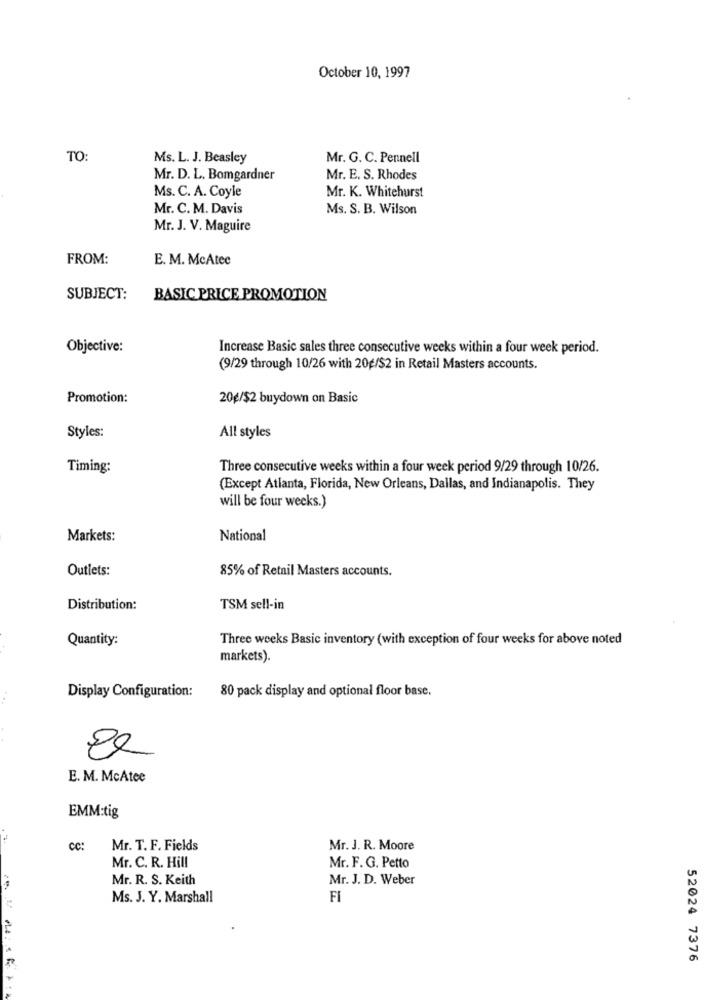
October 10, 1997
TO:
Ms. L. J. Beasley
Mr. G. C. Pennell
Mr. D. L. Bomgardner
Mr. E. S. Rhodes
Ms. C. A. Coyle
Mr. K. Whitehurst
Mr. C. M. Davis
Ms. S. B. Wilson
Mr. J. V. Maguire
FROM:
E. M. McAtee
SUBJECT:
BASIC PRICE PROMOTION
Objective:
Increase Basic sales three consecutive weeks within a four week period.
(9/29 through 10/26 with 20g/$2 in Retail Masters accounts.
Promotion:
20g/$2 buydown on Basic
Styles:
All styles
Timing:
Three consecutive weeks within a four week period 9/29 through 10/26.
(Except Atlanta, Florida, New Orleans, Dallas, and Indianapolis. They
will be four weeks.)
Markets:
National
Outlets:
85% of Retail Masters accounts.
Distribution:
TSM sell-in
Quantity:
Three weeks Basic inventory (with exception of four weeks for above noted
markets).
Display Configuration:
80 pack display and optional floor base.
E. M. McAtee
EMM:tig
cc:
Mr. T. F. Fields
Mr. J. R. Moore
Mr. C. R. Hill
Mr. F. G. Petto
Mr. R. S. Keith
Mr. J. D. Weber
Ms. J. Y. Marshall
FI
52024 7376